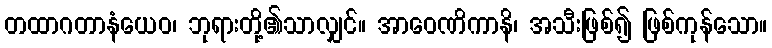
တထာဂတာနံယေဝ၊ ဘုရားတို့၏သာလျှင်။ အာဝေဏိကာနိ၊ အသီးဖြစ်၍ ဖြစ်ကုန်သော။